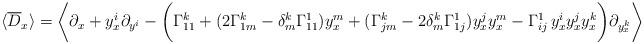
LaTeX: \begin{align*}\langle \overline{D}_x \rangle=\bigg\langle \partial_x + y^i_x\partial_{y^i}-\bigg(\Gamma_{11}^k+ (2\Gamma_{1m}^k-\delta^k_m\Gamma_{11}^1) y^m_x+ (\Gamma_{jm}^k - 2\delta^k_m \Gamma_{1j}^1 ) y^j_x y^m_x- \Gamma_{ij}^1 \, y^i_x y^j_x y^k_x\bigg) \partial_{y^k_x}\bigg\rangle\end{align*}